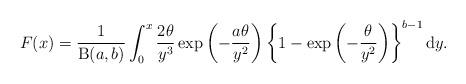
LaTeX: \begin{align*}F(x) =\frac{1}{\operatorname{B}(a,b)}\int^{x}_{0}\frac{2\theta}{y^{3}}\exp\left(-\frac{a\theta}{y^{2}}\right)\left\{1 - \exp\left(-\frac{\theta}{y^{2}}\right)\right\}^{b-1}\mathrm{d}y.\end{align*}